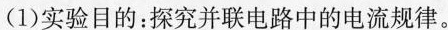
(1)实验目的：探究并联电路中的电流规律。